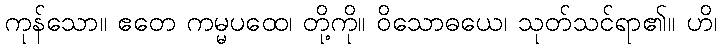
ကုန်သော။ ဧတေ ကမ္မပထေ၊ တို့ကို။ ဝိသောဓယေ၊ သုတ်သင်ရာ၏။ ဟိ၊